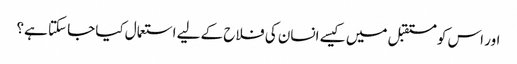
اور اس کو مستقبل میں کیسے انسان کی فلاح کے لیے استعمال کیا جا سکتا ہے؟